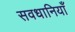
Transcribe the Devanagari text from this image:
सवधानियाँ